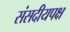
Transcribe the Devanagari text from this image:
संसदीयपक्ष